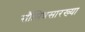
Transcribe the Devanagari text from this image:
सौमित्रसारख्या